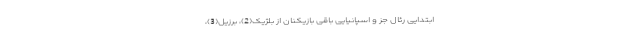
ابتدایی رئال جز و اسپانیایی باقی بازیکنان از بلژیک(2)، برزیل(3)،